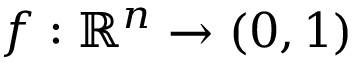
f : \mathbb { R } ^ { n } \to ( 0 , 1 )